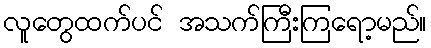
လူတွေထက်ပင် အသက်ကြီးကြရော့မည်။